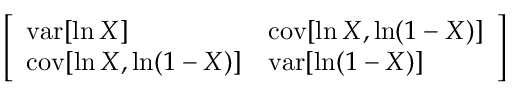
\left[ \begin{array} { l l } { \operatorname { v a r } [ \ln X ] } & { \operatorname { c o v } [ \ln X , \ln ( 1 - X ) ] } \\ { \operatorname { c o v } [ \ln X , \ln ( 1 - X ) ] } & { \operatorname { v a r } [ \ln ( 1 - X ) ] } \end{array} \right]